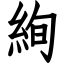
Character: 絢